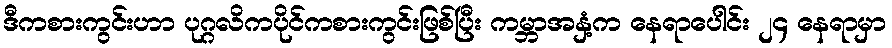
ဒီကစားကွင်းဟာ ပုဂ္ဂလိကပိုင်ကစားကွင်းဖြစ်ပြီး ကမ္ဘာအနှံ့က နေရာပေါင်း ၂၄ နေရာမှာ